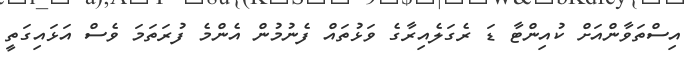
އިސްތަވާންއަށް ކުއިންޓާ ޑަ ރެގަލެއިރާގެ ވަޅުތައް ފެނުމުން އެންމެ ފުރަތަމަ ވެސް އަޅައިގަތީ